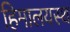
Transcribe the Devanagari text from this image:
हिमालयस्थ